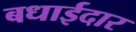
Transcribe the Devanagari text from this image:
बधाईदार